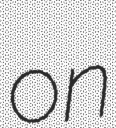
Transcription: on